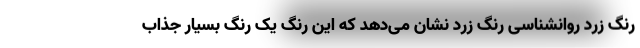
رنگ زرد روانشناسی رنگ زرد نشان می‌دهد که این رنگ یک رنگ بسیار جذاب